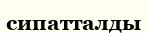
сипатталды